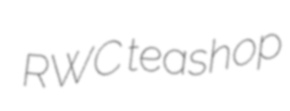
RWC teashop